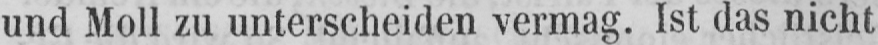
und Moll zu unterscheiden vermag. Ist das nicht